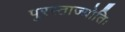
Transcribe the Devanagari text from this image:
पुरस्ताज्योतिः